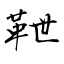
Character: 靾